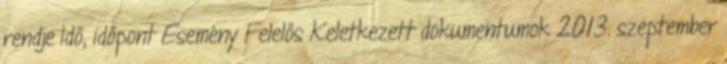
rendje Idő, időpont Esemény Felelős Keletkezett dokumentumok 2013. szeptember